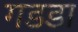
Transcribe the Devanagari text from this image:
गडडा